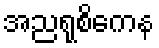
အညရုစိကေန